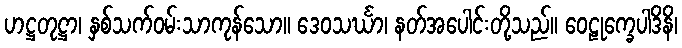
ဟဋ္ဌတုဋ္ဌာ၊ နှစ်သက်ဝမ်းသာကုန်သော။ ဒေဝသင်္ဃာ၊ နတ်အပေါင်းတို့သည်။ ဝေဠုက္ခေပါဒိနိ၊